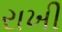
રાખી